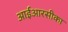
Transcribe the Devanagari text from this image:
आईआरसीका